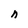
Character: n